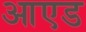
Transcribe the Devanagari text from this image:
आएड